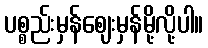
ပစ္စည်းမှန်ဈေးမှန်မို့လို့ပါ။